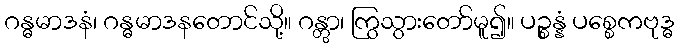
ဂန္ဓမာဒနံ၊ ဂန္ဓမာဒနတောင်သို့။ ဂန္တွာ၊ ကြွသွားတော်မူ၍။ ပဉ္စန္နံ ပစ္စေကဗုဒ္ဓ